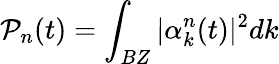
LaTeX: \mathcal{P}_{n}(t)=\int_{BZ}|\alpha_{k}^{n}(t)|^{2}dk